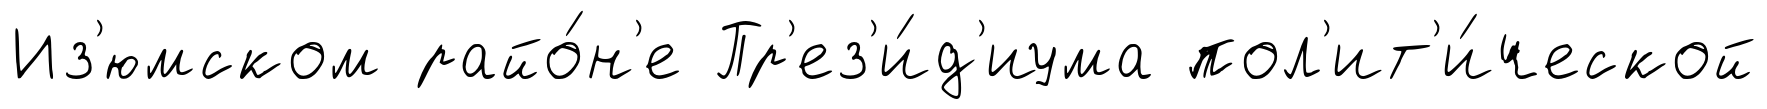
Из'юмском райо́н'е Пр'ез'и́д'иума пол'ит'и́ческой